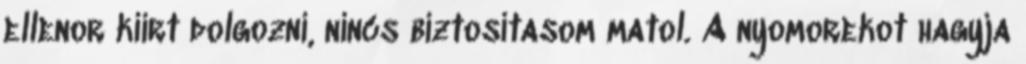
ellenor kiirt dolgozni, nincs biztositasom matol. A nyomorekot hagyja